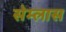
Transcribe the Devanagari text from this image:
सेम्लास